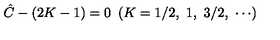
{ \hat { C } } - ( 2 K - 1 ) = 0 \ \left( K = 1 / 2 , \ 1 , \ 3 / 2 , \ \cdots \right)